NAE_ERA_R-30_Eesti_Riiklik_Spordiamet, lk 29
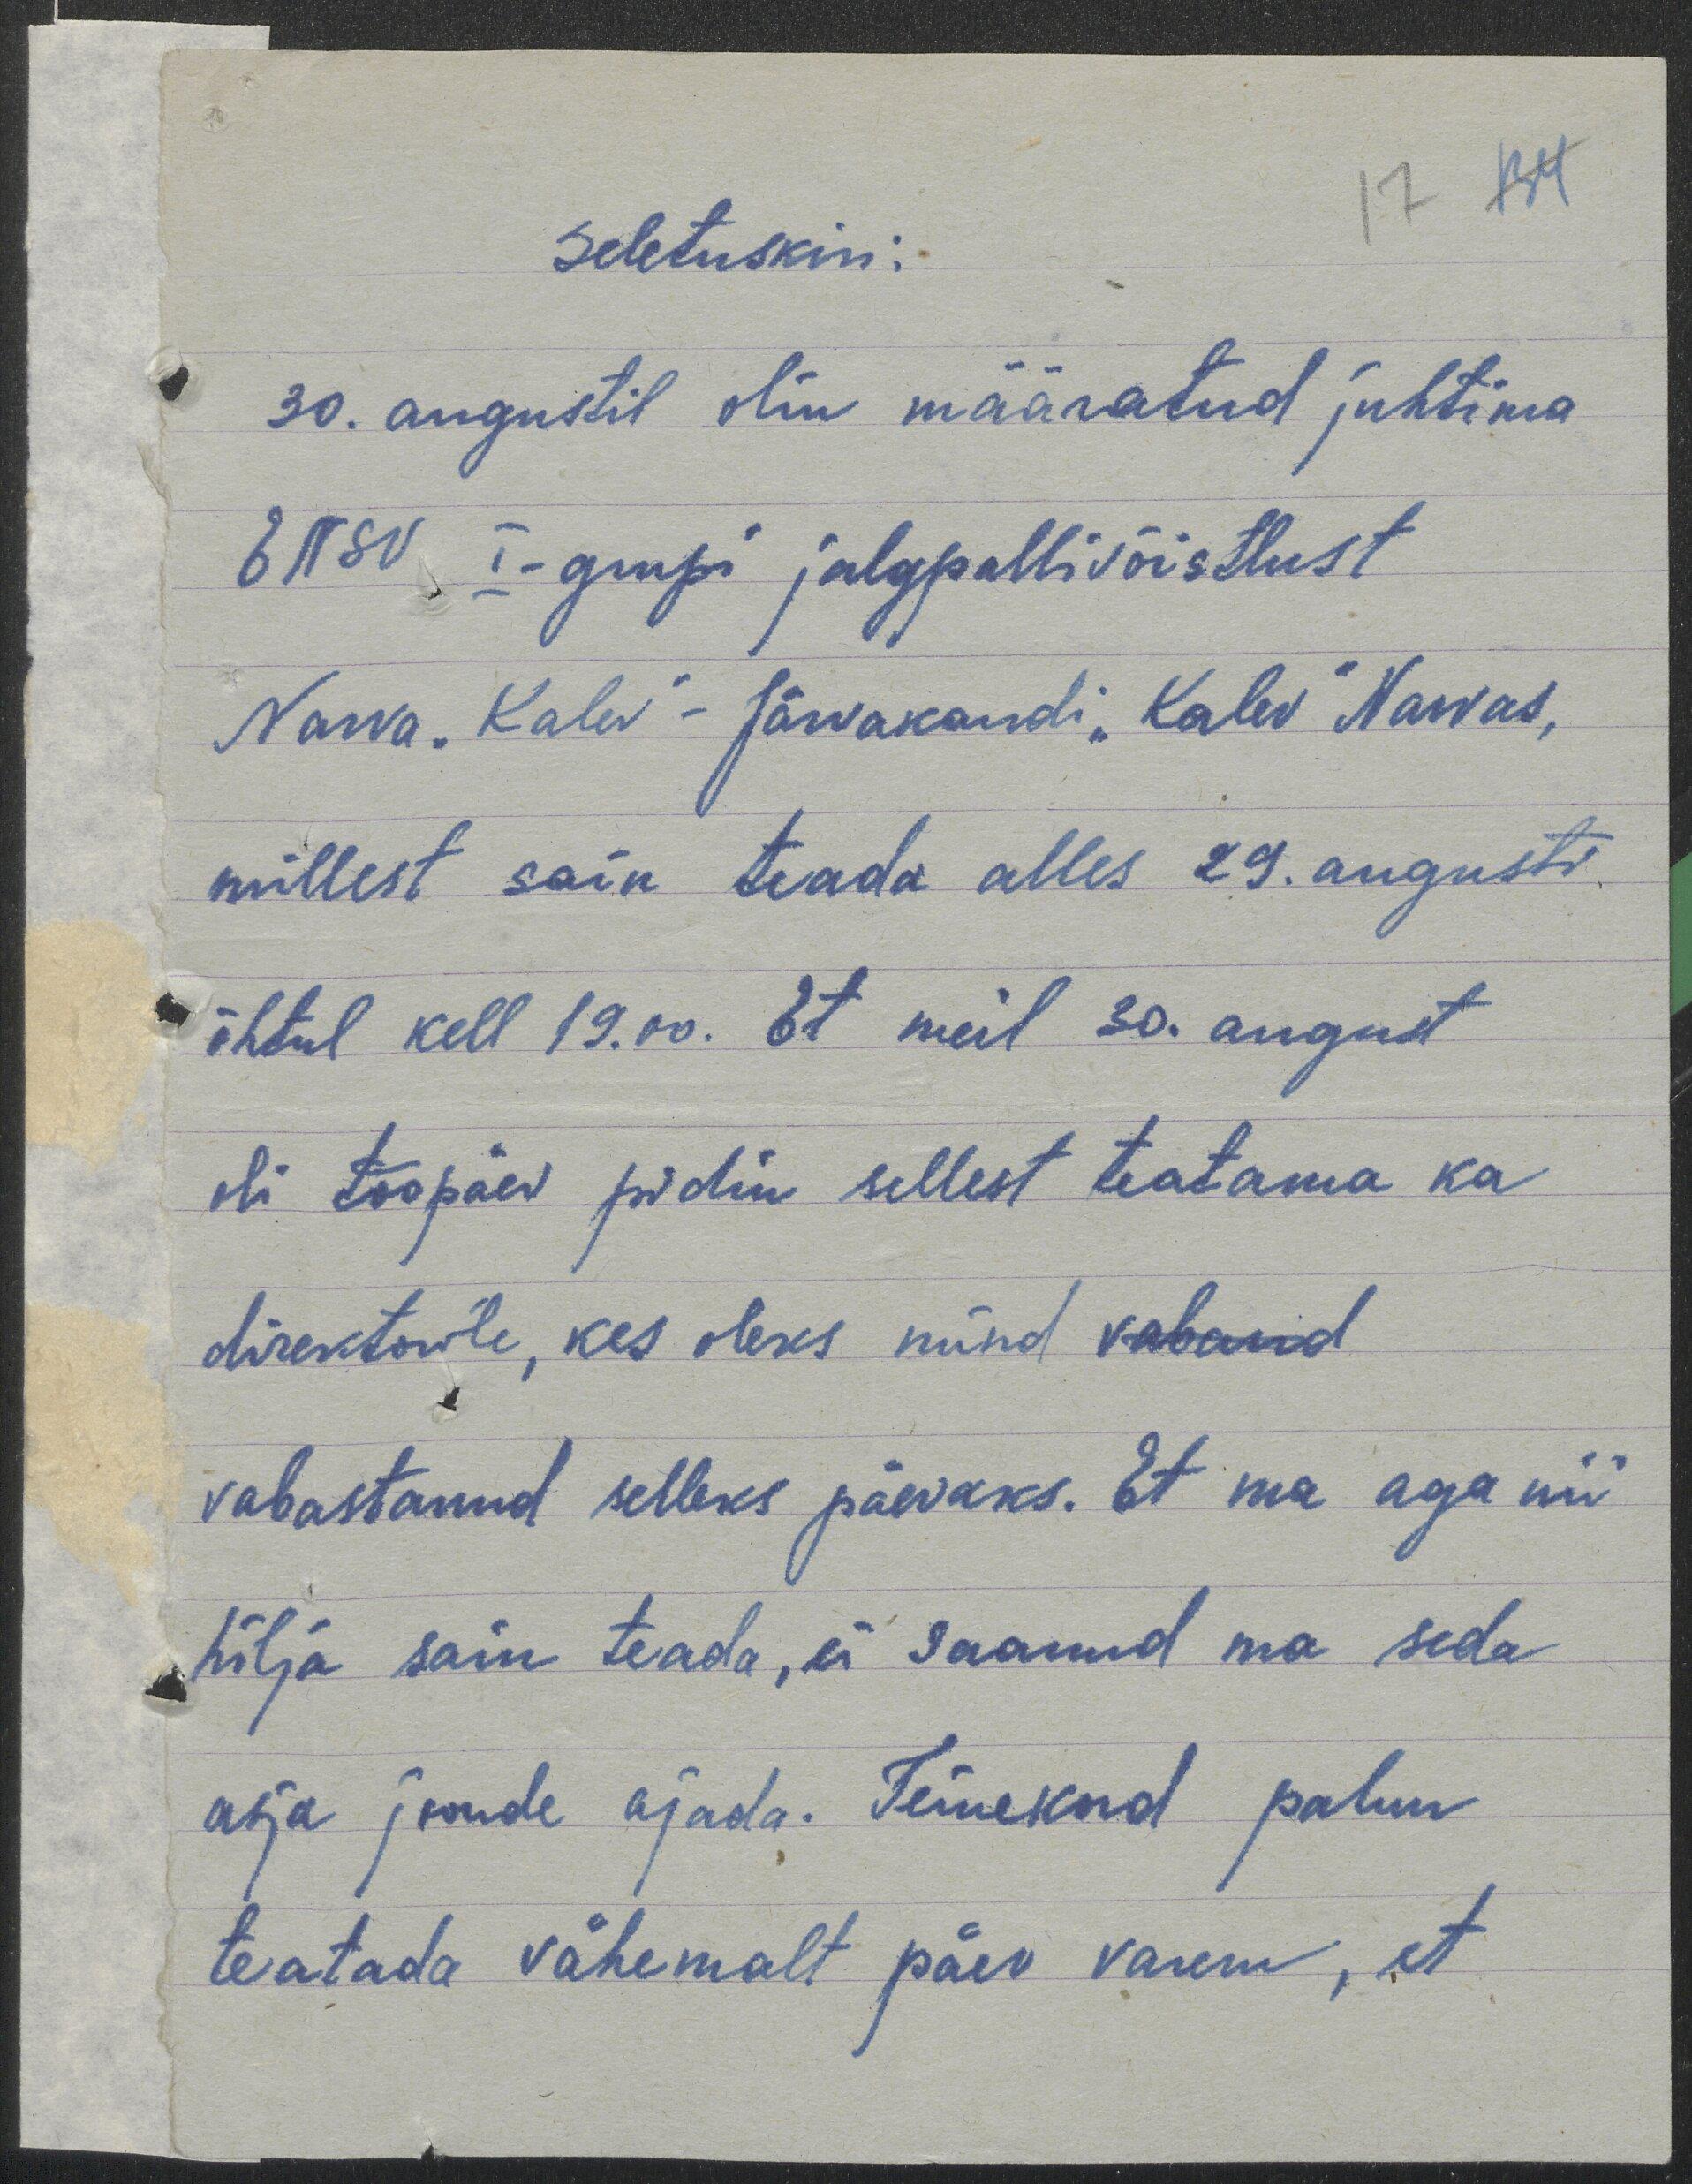
134
17
Seletuskiri.
30. augustil olin määratud juhtima
ENSV I-grupi jalgpallivõistlust
Narva "Kalev" - Järvakandi "Kalev" Narvas,
millest sain teada alles 29. augusti
õhtul kell 19.00. Et meil 30. august
oli tööpäev pidin sellest teatama ka
direktorile, kes oleks mind vaband
vabastanud selleks päevaks. Et ma aga nii
hilja sain teada, ei saanud ma seda
asja joonde ajada. Teinekord palun
teatada vähemalt päev varem, et